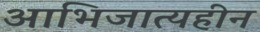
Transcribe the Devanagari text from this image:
आभिजात्यहीन